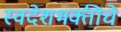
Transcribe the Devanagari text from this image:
स्वदेशभक्तीचे